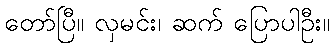
တော်ပြီ။ လှမင်း၊ ဆက် ပြောပါဦး။